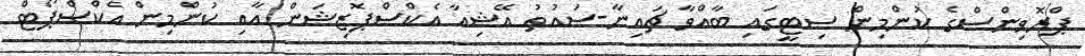
ޕްރޮވިންސްގެ ކުންމިން ސިޓީގައި ބާއްވާ ޗައިނާ-ސައުތު އޭޝިއާ އެކްސްޕޮޒިޝަން އާއި ކުންމިން އެކްސްޕޯޓް